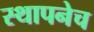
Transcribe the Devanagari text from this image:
स्थापनेच